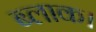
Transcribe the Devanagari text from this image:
ब्‍लाक।